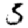
Digit: 5